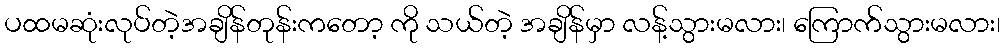
ပထမဆုံးလုပ်တဲ့အချိန်တုန်းကတော့ ကို သယ်တဲ့ အချိန်မှာ လန့်သွားမလား၊ ကြောက်သွားမလား၊